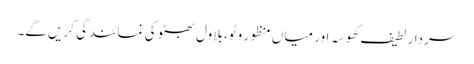
سردار لطیف کھوسہ اور میاں منظور وٹو، بلاول بھٹو کی نمائندگی کریں گے۔